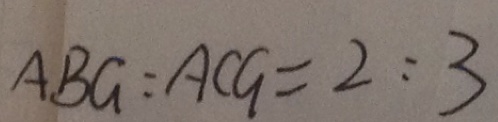
A B G = A C G = 2 : 3